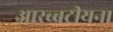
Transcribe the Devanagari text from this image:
आरब्बटीयना